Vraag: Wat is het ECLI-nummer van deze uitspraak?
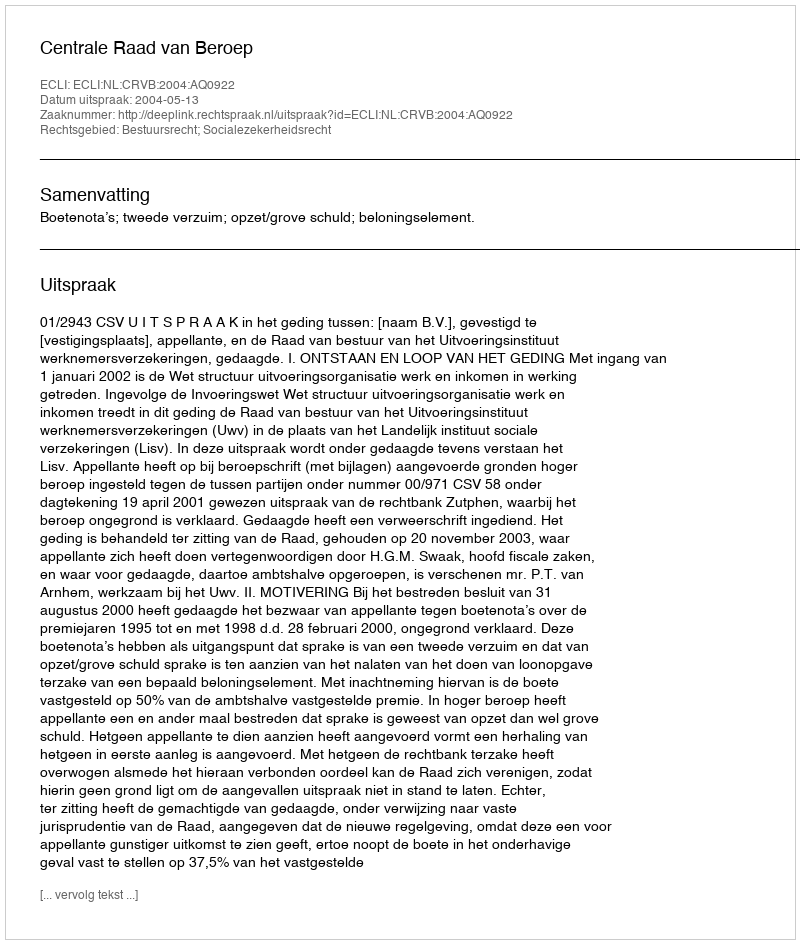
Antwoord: ECLI:NL:CRVB:2004:AQ0922